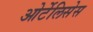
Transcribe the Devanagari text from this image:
ओर्टेलिसेस